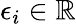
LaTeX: \epsilon_{i}\in\mathbb{R}